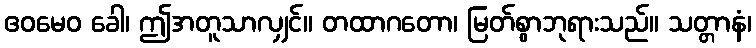
ဧဝမေဝ ခေါ၊ ဤအတူသာလျှင်။ တထာဂတော၊ မြတ်စွာဘုရားသည်။ သတ္တာနံ၊